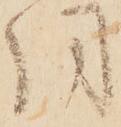
同